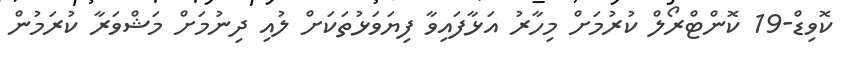
ކޮވިޑް-19 ކޮންޓްރޯލް ކުރުމަށް މިހާރު އަޅާފައިވާ ފިޔަވަޅުތަކަށް ލުއި ދިނުމަށް މަޝްވަރާ ކުރަމުން